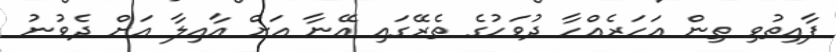
ފާއިތުވި ތިން އަހަރެއްހާ ދުވަހުގެ ތެރޭގައި އޭނާ އަށް އާއިލާ އަށް ދެވުނު